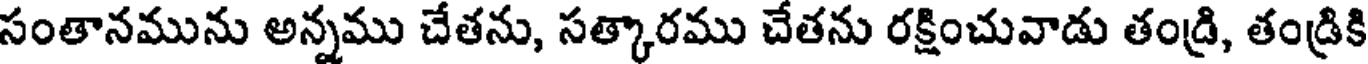
సంతానమును అన్నము చేతను, సత్కారము చేతను రక్షించువాడు తండ్రి, తండ్రికి